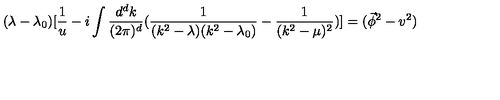
( \lambda - \lambda _ { 0 } ) [ \frac { 1 } { u } - i \int \frac { d ^ { d } { k } } { ( 2 \pi ) ^ { d } } ( \frac { 1 } { ( k ^ { 2 } - \lambda ) ( k ^ { 2 } - \lambda _ { 0 } ) } - \frac { 1 } { ( k ^ { 2 } - \mu ) ^ { 2 } } ) ] = ( \vec { \phi } ^ { 2 } - v ^ { 2 } )